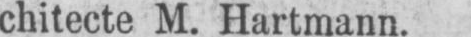
chitecte M. Hartmann.